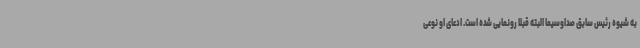
به شیوه رئیس سابق صداوسیما البته قبلا رونمایی شده است. ادعای او نوعی